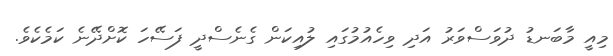
މިއީ މާބަނޑު ދުވަސްވަރު އަދި ވިހެއުމުގައި ލުއިކަން ގެނެސްދީ ފަސޭހަ ކޮށްދޭނެ ކަމެކެވެ.